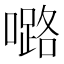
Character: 𡀔